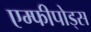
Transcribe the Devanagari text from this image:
एम्फीपोड्स